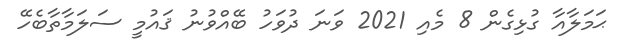
ޙަމަލާއާ ގުޅިގެން 8 މެއި 2021 ވަނަ ދުވަހު ބޭއްވުނު ޤައުމީ ސަލަމާތާބެހޭ